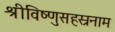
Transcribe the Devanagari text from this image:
श्रीविष्णुसहस्रनाम